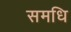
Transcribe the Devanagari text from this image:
समधि